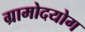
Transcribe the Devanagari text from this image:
ग्रामोदयोग